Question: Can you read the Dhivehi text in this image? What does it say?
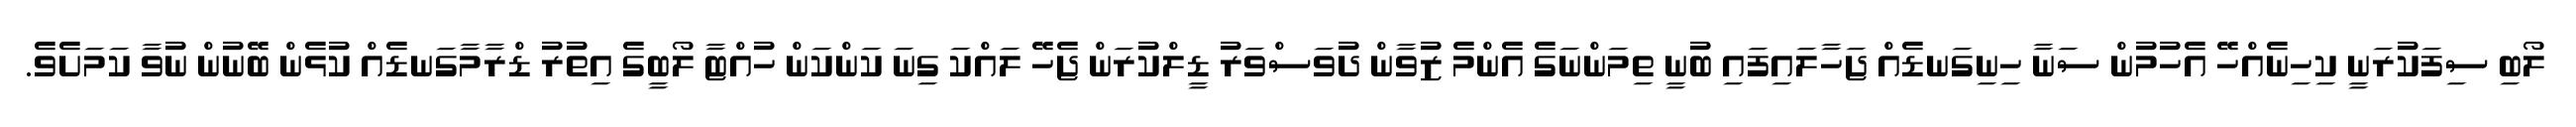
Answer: ލޯބި ސިފަކުރަނީ ކިހިނެއްހޭ އެހުމުން ސަނާ ހިނިގަނޑެއް ޖަހާލައިފައި ބުނީ ތިމަންނަގެ އެންމެ ޒުވާން ދުވަސްވަރު ޑީލްކުރަން ޖެހޭ ލައްކަ ގިނަ ކަންކަން ހުއްޓާ ލޯބީގެ އިތުރު ޑްރާމާގަނޑެއް ކުޅެން ބޭނުން ނުވާ ކަމަށެވެ.